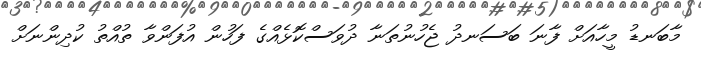
މާބަނޑު މީހާއަށް ފާނަ ބަސަނދު ޖެހުނުތަނާ ދުވަސްކޮޅެއްގެ ފަހުން އުފަންވާ ތުއްތު ކުދިންނަށް